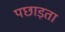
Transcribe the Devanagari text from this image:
पछाड़ता